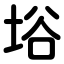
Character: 﨏